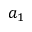
a _ { 1 }